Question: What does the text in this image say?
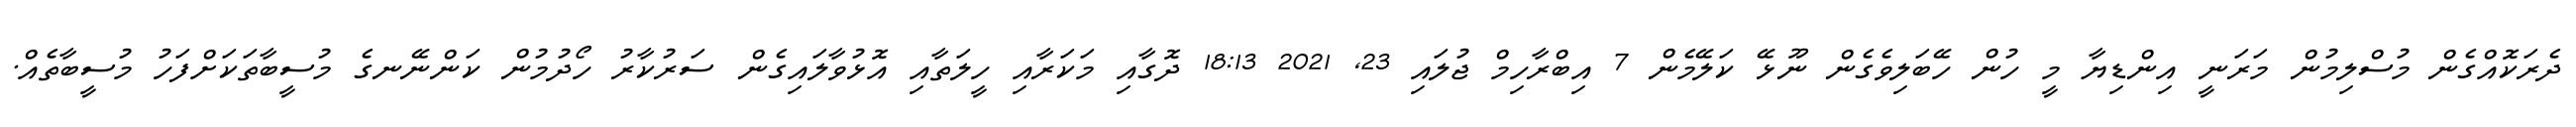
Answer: ދެރަކޮއްގެން މުސްލިމުން މަރަނީ އިންޑިޔާ މީ ހުން ހޭބަލިވެގެން ނޫޅޭ ކަލޭމެން 7 އިބްރާހިމް ޖުލައި 23, 2021 18:13 ދޮގާއި މަކަރާއި ހީލަތާއި އޮޅުވާލައިގެން ސަރުކާރު ހޯދުމުން ކަންނޭނގެ މުސީބާތަކަށްފަހު މުސީބާތެއް.